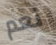
نعم